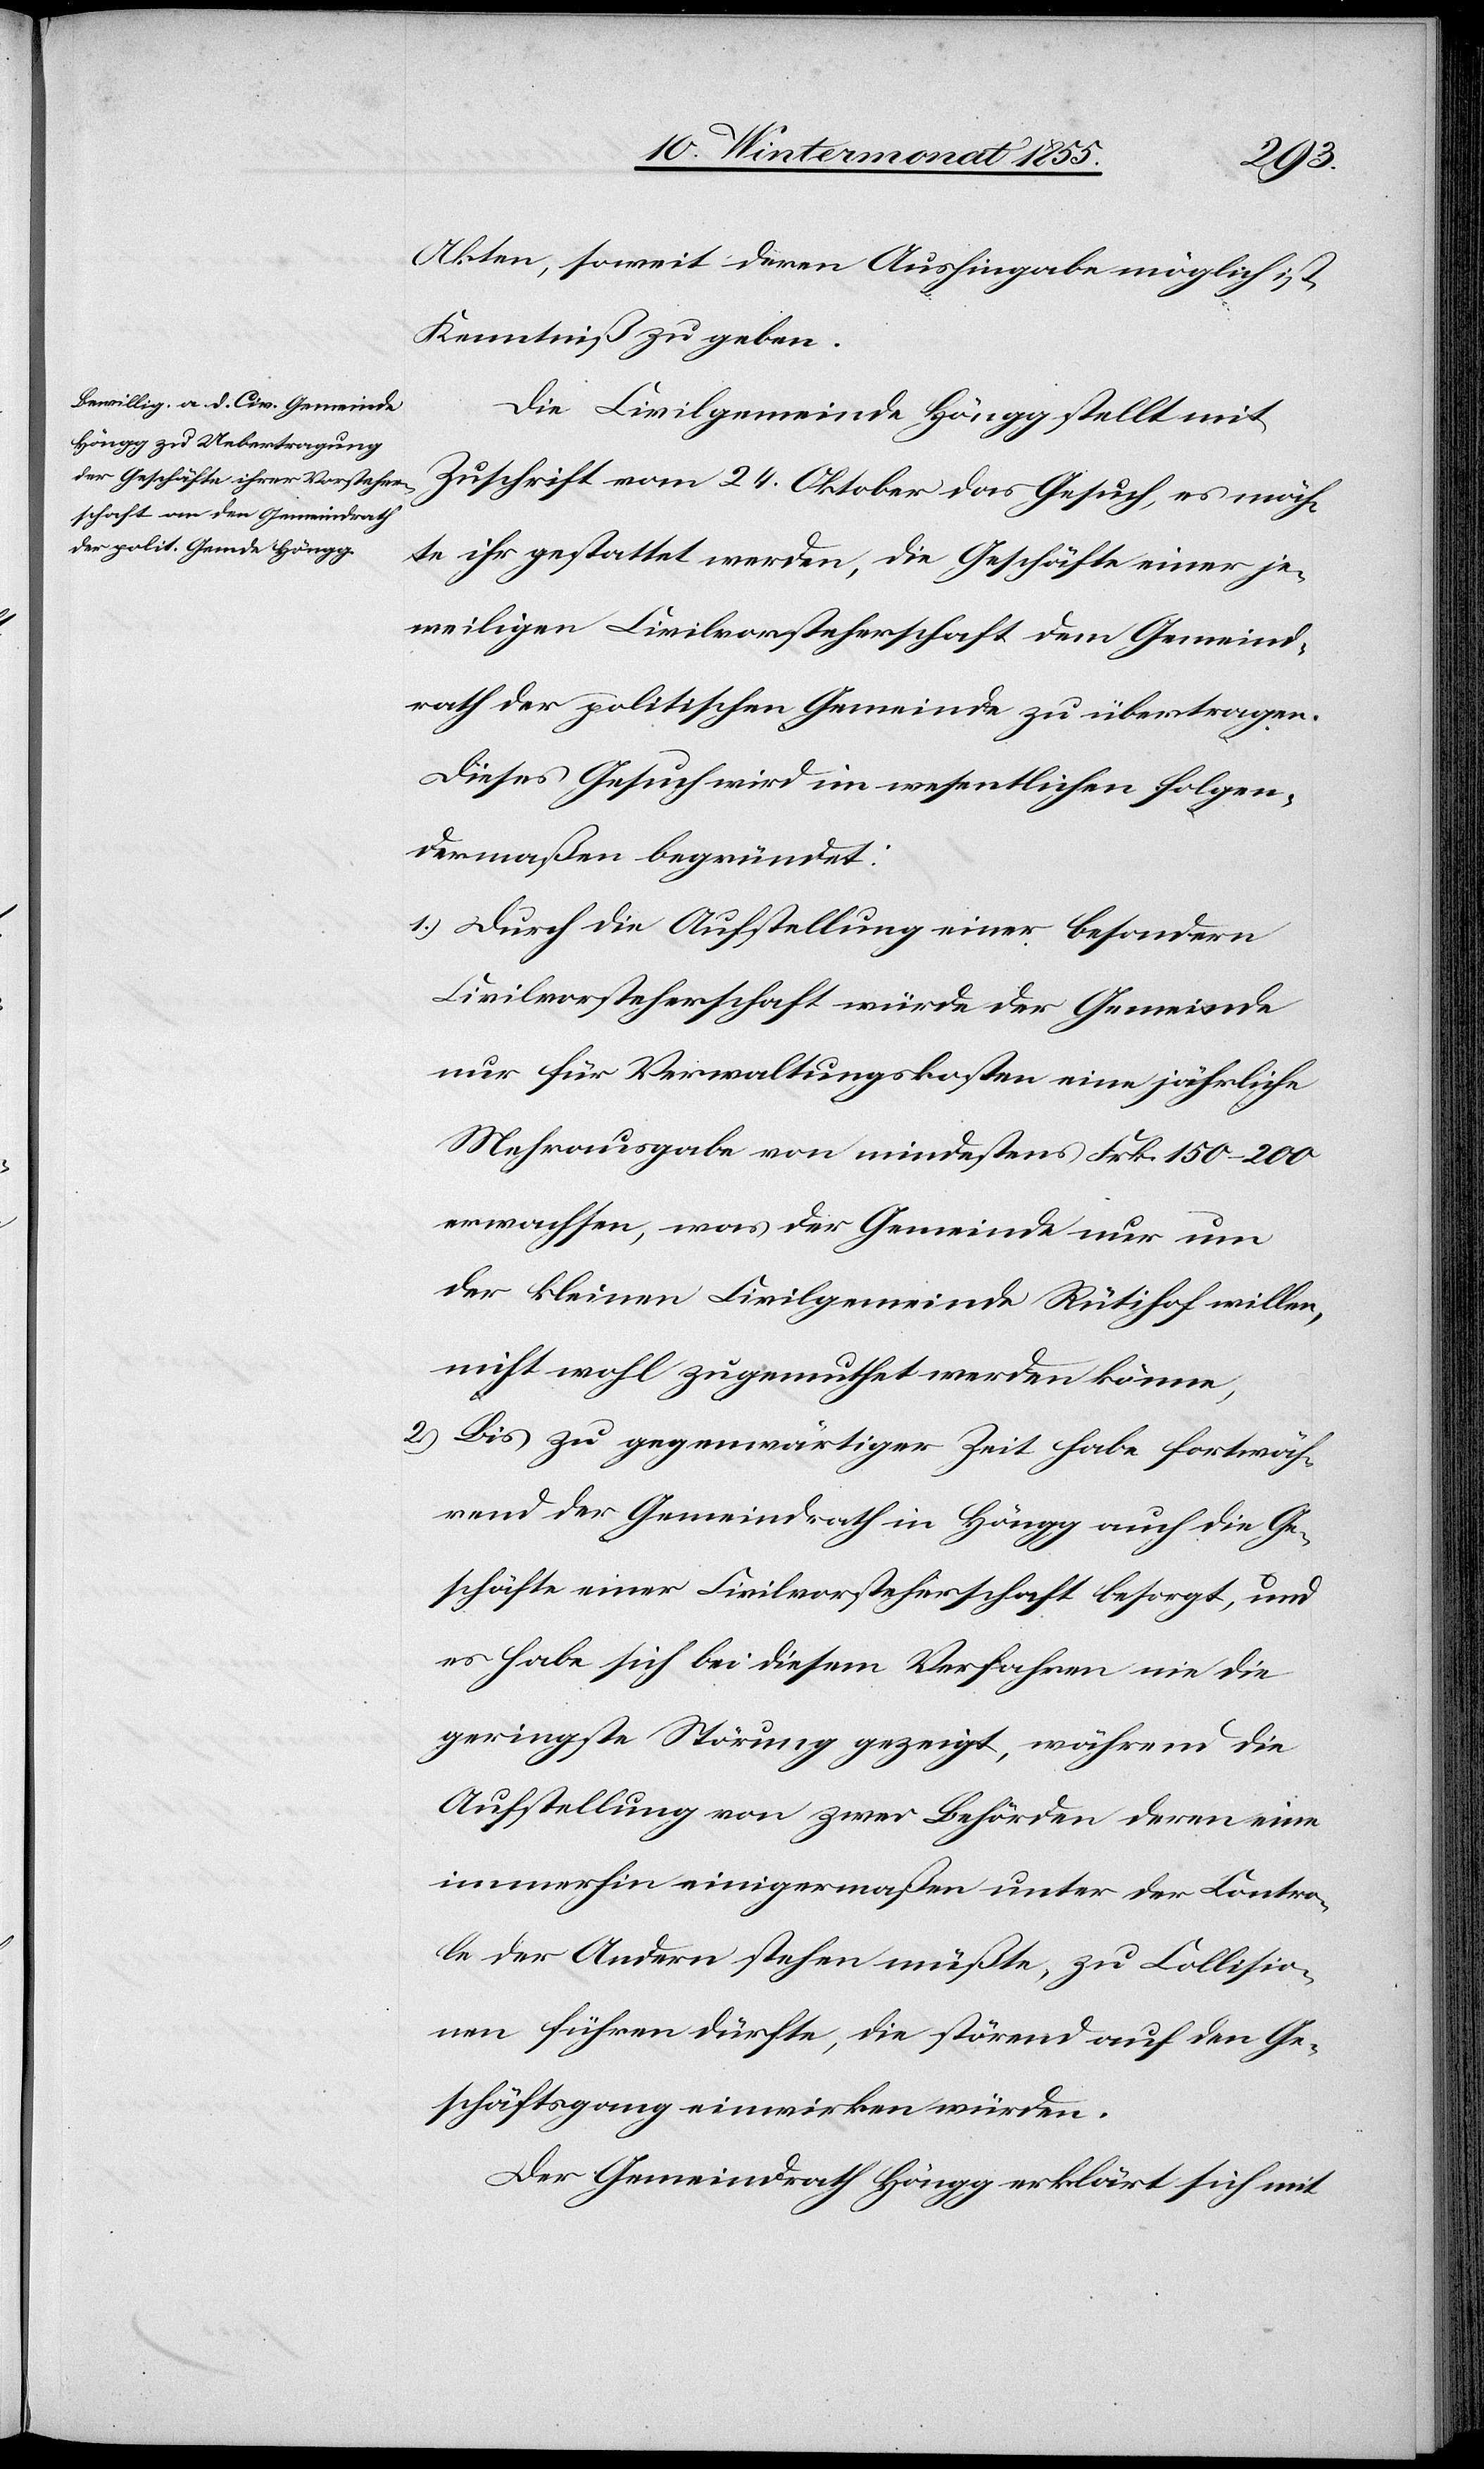
Akten, soweit deren Aushingabe möglich ist,
Kenntniß zu geben.
Die Civilgemeinde Höngg stellt mit
Zuschrift vom 24. Oktober das Gesuch, es möch¬
te ihr gestattet werden, die Geschäfte einer je¬
weiligen Civilvorsteherschaft dem Gemeind¬
rath der politischen Gemeinde zu übertragen.
Dieses Gesuch wird im wesentlichen folgen¬
dermaßen begründet:
Durch die Aufstellung einer besondern
Civilvorsteherschaft würde der Gemeinde
nur für Verwaltungskosten eine jährliche
Mehrausgabe von mindestens Frk. 150–200
erwachsen, was der Gemeinde nur um
der kleinen Civilgemeinde Rütihof willen,
nicht wohl zugemuthet werden könne,
Bis zu gegenwärtiger Zeit habe fortwäh¬
rend der Gemeindrath in Höngg auch die Ge¬
schäfte einer Civilvorsteherschaft besorgt, und
es habe sich bei diesem Verfahren nie die
geringste Störung gezeigt, während die
Aufstellung von zwei Behörden deren eine
immerhin einigermaßen unter der Contro¬
le der Andern stehen müßte, zu Collisio¬
nen führen dürfte, die störend auf den Ge¬
schäftsgang einwirken würden.
Der Gemeindrath Höngg erklärt sich mit